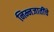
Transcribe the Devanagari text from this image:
निम्नजातींचे